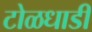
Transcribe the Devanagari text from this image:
टोळधाडी